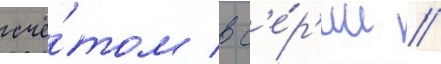
счё́том в с'е́р'ии //